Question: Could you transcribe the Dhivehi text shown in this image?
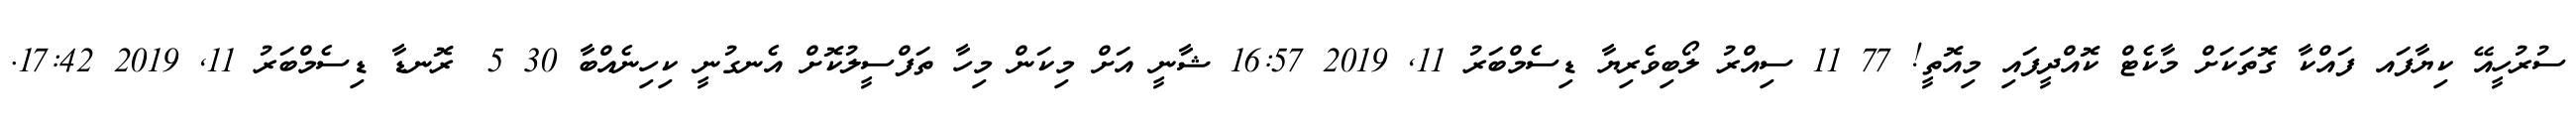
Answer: ސުރުހީއޭ ކިޔާފައ ފައްކާ ގޮތަކަށް މާކެޓް ކޮއްދީފައި މިއޮތީ! 77 11 ސިއްރު ލޯބިވެރިޔާ ޑިސެމްބަރު 11, 2019 16:57 ޝާނީ އަށް މިކަން މިހާ ތަފްސީލުކޮށް އެނގުނީ ކިހިނެއްބާ 30 5 ?ރޮނޑާ ޑިސެމްބަރު 11, 2019 17:42.